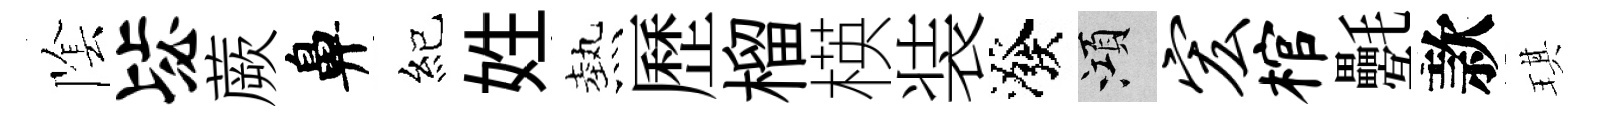
隂毖蕨鼻紀姓熱歷榴楧装潑澒宏棺氎款琪